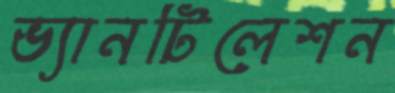
ভ্যানটিলেশন